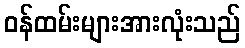
ဝန်ထမ်းများအားလုံးသည်